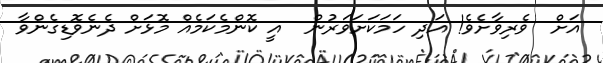
އަށް  ވެރިވާށެވެ! އަދި ހަމަކަށަވަރުން  އީ ކޮންމެކަމެއް މޮޅަށް ދެނެވޮޑިގެންވާ